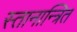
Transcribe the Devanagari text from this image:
स्तानान्त्रित